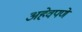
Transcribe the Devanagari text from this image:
अहेवपणे